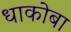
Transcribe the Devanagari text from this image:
धाकोबा